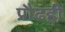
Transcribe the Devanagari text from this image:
प्रौढही